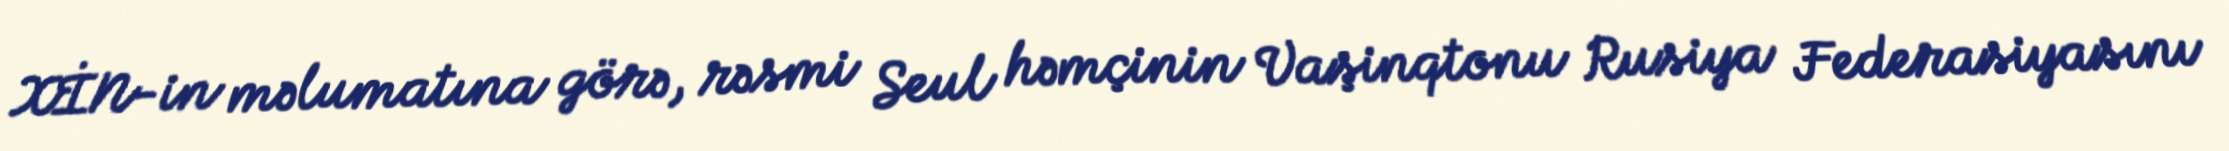
XİN-in məlumatına görə, rəsmi Seul həmçinin Vaşinqtonu Rusiya Federasiyasını